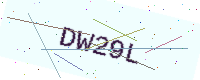
Text: DW29L